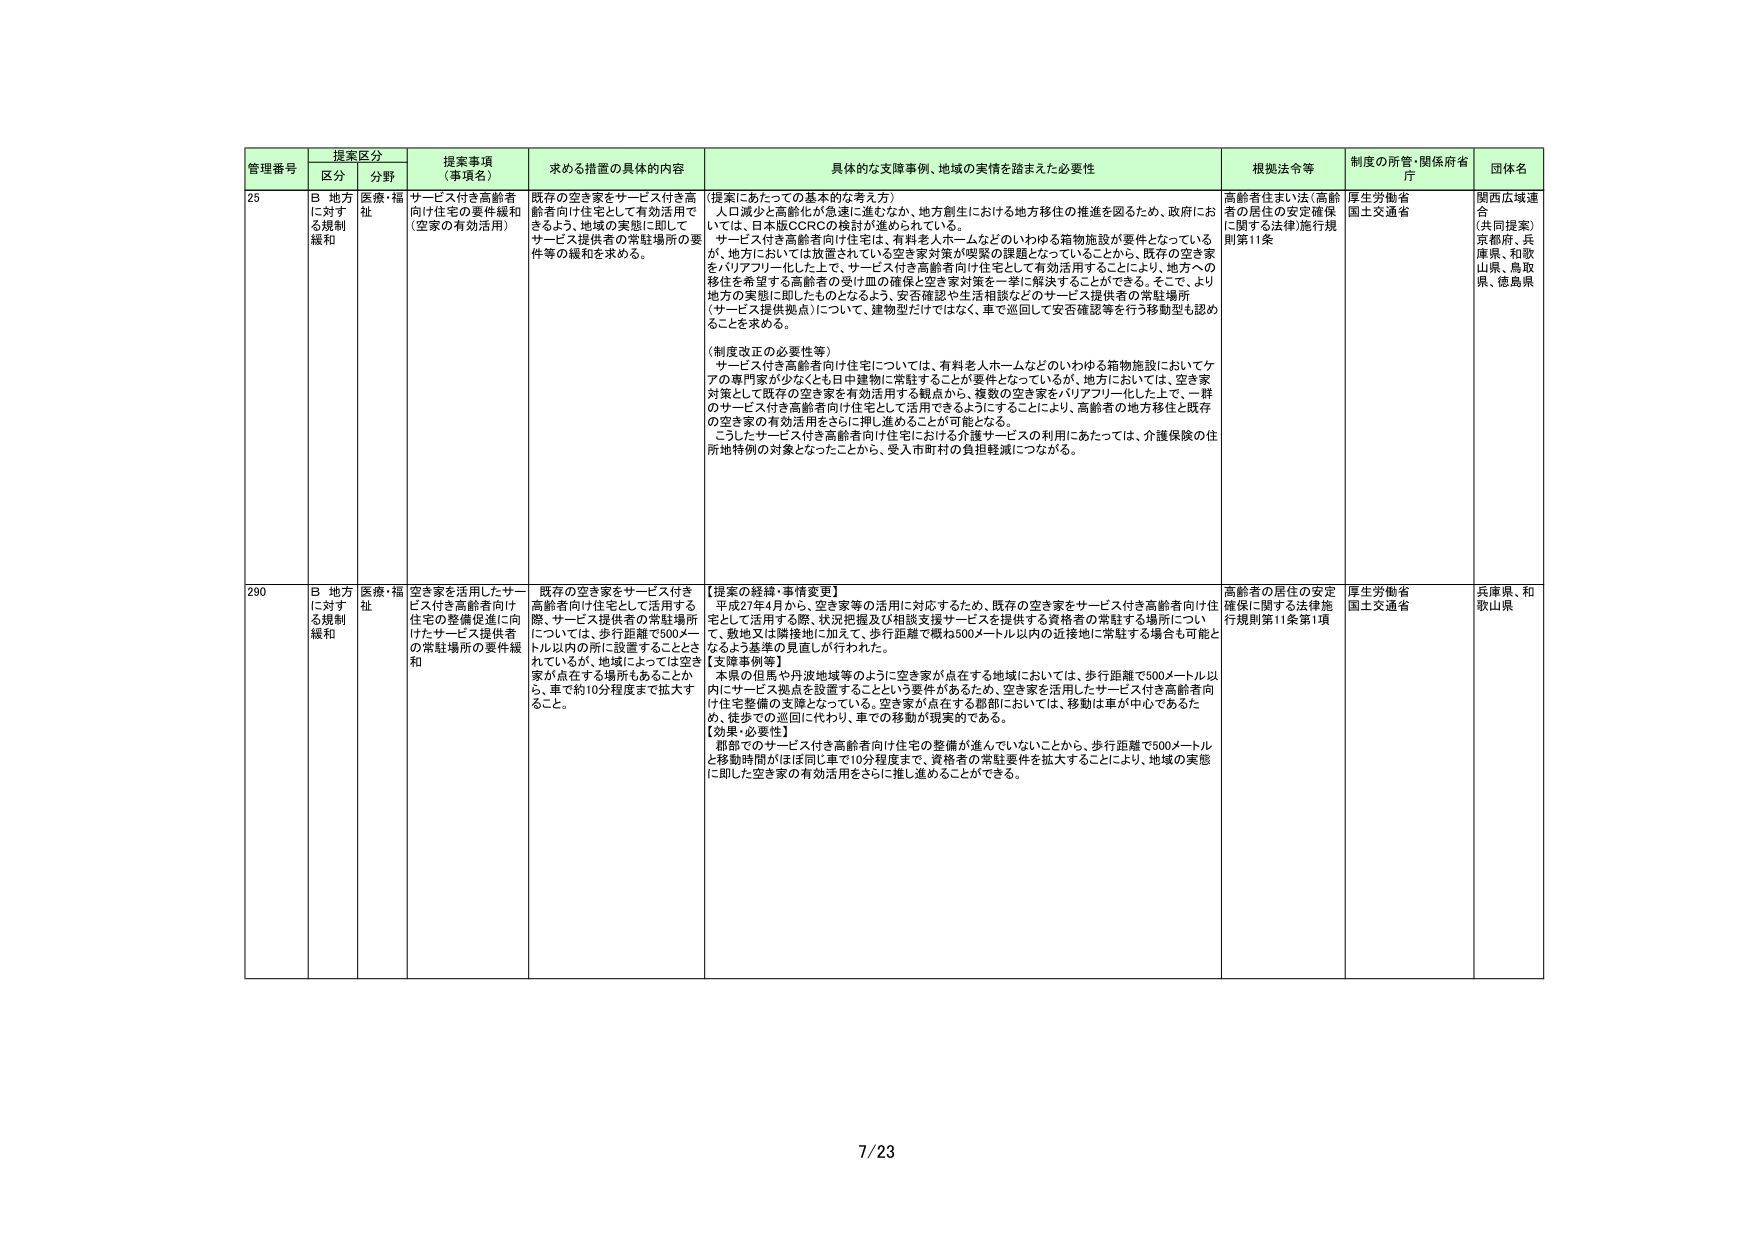
管理番号 提案区分 提案事項（事項名） 求める措置の具体的内容 具体的な支援事例、地域の実情を踏まえた必要性 根拠法令等 制度の所管・関係府省庁 団体名
区分 分野
25 B 地方に対する規制緩和 医療・福祉 サービス付き高齢者向け住宅の要件緩和（空家の有効活用） 既存の空き家をサービス付き高齢者向け住宅として有効活用できるよう、地域の実態に即してサービス提供者の常駐場所の要件等の緩和を求める。 （提案にあたっての基本的な考え方） 人口減少と高齢化が急速に進むなか、地方創生における地方移住の推進を図るため、政府においては、日本版CCRCの検討が進められている。 サービス付き高齢者向け住宅は、有料老人ホームなどのいわゆる箱物施設が要件となっているが、地方においては放置されている空き家対策が喫緊の課題となっていることから、既存の空き家をバリアフリー化した上で、サービス付き高齢者向け住宅として有効活用することにより、地方への移住を希望する高齢者の受け皿の確保と空き家対策を一挙に解決することができる。そこで、より地方の実態に即したものとなるよう、安否確認や生活相談などのサービス提供者の常駐場所（サービス提供拠点）について、建物型だけではなく、車で巡回して安否確認等を行う移動型も認めることを求める。 （制度改正の必要性等） サービス付き高齢者向け住宅については、有料老人ホームなどのいわゆる箱物施設においてケアの専門家が少なくとも日中建物に常駐することが要件となっているが、地方においては、空き家対策として既存の空き家を有効活用する観点から、複数の空き家をバリアフリー化した上で、一軒のサービス付き高齢者向け住宅として活用できるようにすることにより、高齢者の地方移住と既存の空き家の有効活用をさらに押し進めることができる。 こうしたサービス付き高齢者向け住宅における介護サービスの利用にあたっては、介護保険の住所地特例の対象となったことから、受入市町村の負担軽減につながる。 高齢者住まい法（高齢者の居住の安定確保に関する法律）施行規則第11条 厚生労働省 国土交通省 関西広域連合 （共同提案） 京都府、兵庫県、和歌山県、鳥取県、徳島県
290 B 地方に対する規制緩和 医療・福祉 空き家を活用したサービス付き高齢者向け住宅の整備促進に向けたサービス提供者の常駐場所の要件緩和 既存の空き家をサービス付き高齢者向け住宅として活用する際、サービス提供者の常駐場所については、歩行距離で500メートル以内の所に設置することとされているが、地域によっては空き家が点在する場所もあることから、車で約10分程度まで拡大すること。 【提案の経緯・事情変更】 平成27年4月から、空き家等の活用に対応するため、既存の空き家をサービス付き高齢者向け住宅として活用する際、状況把握及び相談支援サービスを提供する資格者の常駐する場所について、敷地又は隣接地に加えて、歩行距離で概ね500メートル以内の近接地に常駐する場合も可能となるよう基準の見直しが行われた。 【支障事例等】 本県の但馬や丹波地域等のように空き家が点在する地域においては、歩行距離で500メートル以内にサービス拠点を設置することという要件があるため、空き家を活用したサービス付き高齢者向け住宅整備の支障となっている。空き家が点在する郡部においては、移動は車が中心であるため、徒歩での巡回に代わり、車での移動が現実的である。 【効果・必要性】 関西でのサービス付き高齢者向け住宅の整備が進んでいないことから、歩行距離で500メートルと移動時間がほぼ同じ車で10分程度まで、資格者の常駐要件を拡大することにより、地域の実態に即した空き家の有効活用をさらに推し進めることができる。 高齢者の居住の安定確保に関する法律施行規則第11条第1項 厚生労働省 国土交通省 兵庫県、和歌山県
7/23